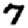
Digit: 7